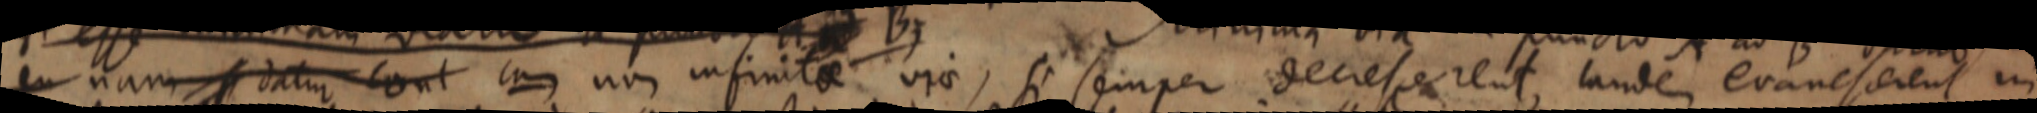
eu nam datur sunt cum non infinitae viae, si semper deciescerent, lande evanescerent in